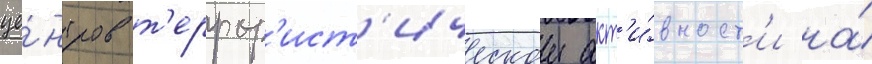
це́нтров т'еррор'ист'ическои акт'и́вност'и на́